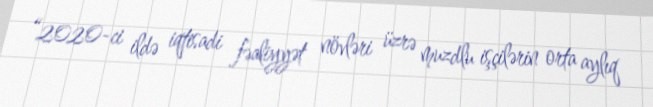
“2020-ci ildə iqtisadi fəaliyyət növləri üzrə muzdlu işçilərin orta aylıq